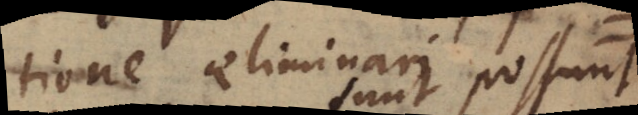
tione eliminari possunt